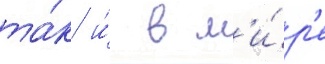
та́к и́ в м'и́р'е